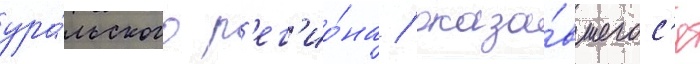
ура́льского р'ег'ио́на / оказа́вшегос'я